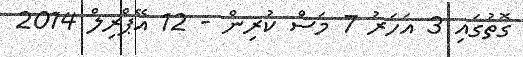
ގޮތުގައި 3 އަހަރު 7 މަސް ކުރިން - 12 އޭޕްރިލް 2014